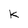
Character: k